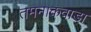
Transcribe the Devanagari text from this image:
तमनाकवाडा